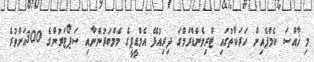
މި ޚާއްސަ ކެމްޕެއިން ހަރަކާތުގައި ޓްރިވެންޑްރަމްގަ ދިރިއުޅޭ އެމްޑީޕީގެ މެމްބަރުންނާއި ސަޕޯޓަރުންގެ 300އަށްވުރެ